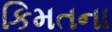
કિમતના